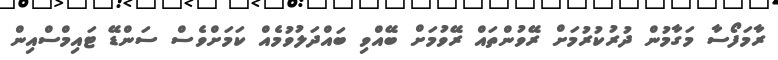
ރާމަފޯސާ މަގާމުން ދުރުކުރުމަށް ރޭވުންތައް ރޭވުމަށް ބޭއްވި ބައްދަލުވުމެއް ކަމަށްވެސް ސަންޑޭ ޓައިމްސްއިން